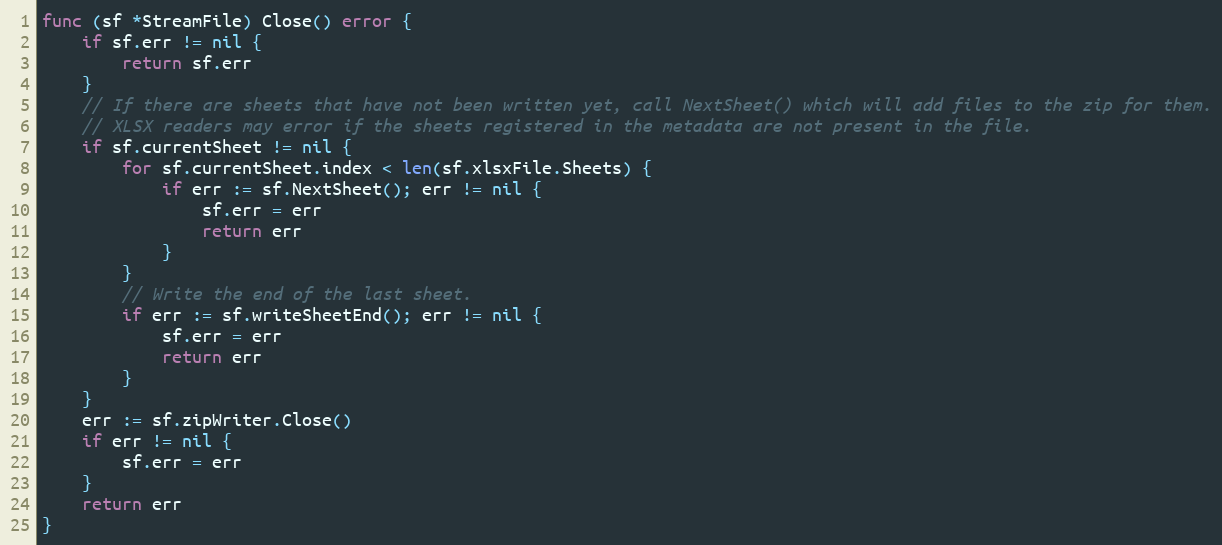
Language: Go
func (sf *StreamFile) Close() error {
	if sf.err != nil {
		return sf.err
	}
	// If there are sheets that have not been written yet, call NextSheet() which will add files to the zip for them.
	// XLSX readers may error if the sheets registered in the metadata are not present in the file.
	if sf.currentSheet != nil {
		for sf.currentSheet.index < len(sf.xlsxFile.Sheets) {
			if err := sf.NextSheet(); err != nil {
				sf.err = err
				return err
			}
		}
		// Write the end of the last sheet.
		if err := sf.writeSheetEnd(); err != nil {
			sf.err = err
			return err
		}
	}
	err := sf.zipWriter.Close()
	if err != nil {
		sf.err = err
	}
	return err
}